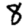
Digit: 8